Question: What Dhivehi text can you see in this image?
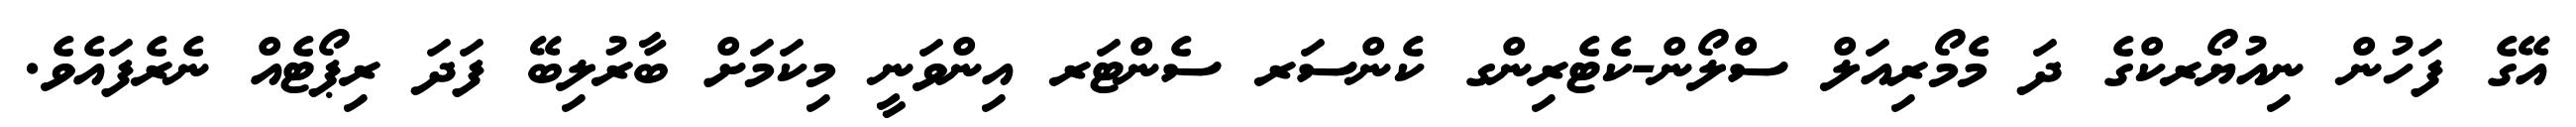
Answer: އޭގެ ފަހުން ނިއުޔޯރކްގެ ދަ މެމޯރިއަލް ސްލޯން-ކެޓެރިންގ ކެންސަރ ސެންޓަރ އިންވަނީ މިކަމަށް ބާރުލިބޭ ފަދަ ރިޕޯޓެއް ނެރެފައެވެ.